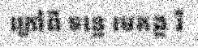
ក្រៅពី ទន្លេ មេគង្គ រឺ